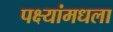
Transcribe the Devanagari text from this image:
पक्ष्यांमधला